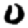
Digit: 0